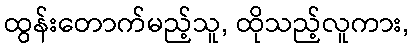
ထွန်းတောက်မည့်သူ, ထိုသည့်လူကား,